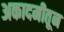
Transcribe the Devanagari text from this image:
अकादमीतून